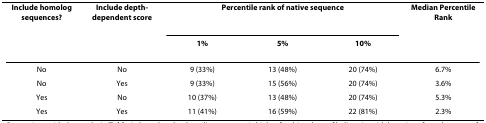
| Include homolog sequences? | Include depth-dependent score | <COLSPAN=3> Percentile rank of native sequence | Median Percentile Rank |
 |  |  | 1% | 5% | 10% |  |
 | --- | --- | --- | --- | --- | --- |
 | No | No | 9 (33%) | 13 (48%) | 20 (74%) | 6.7% |
 | No | Yes | 9 (33%) | 15 (56%) | 20 (74%) | 3.6% |
 | Yes | No | 10 (37%) | 13 (48%) | 20 (74%) | 5.3% |
 | Yes | Yes | 11 (41%) | 16 (59%) | 22 (81%) | 2.3% |